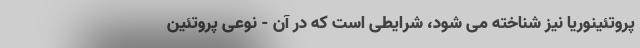
پروتئینوریا نیز شناخته می شود، شرایطی است که در آن - نوعی پروتئین